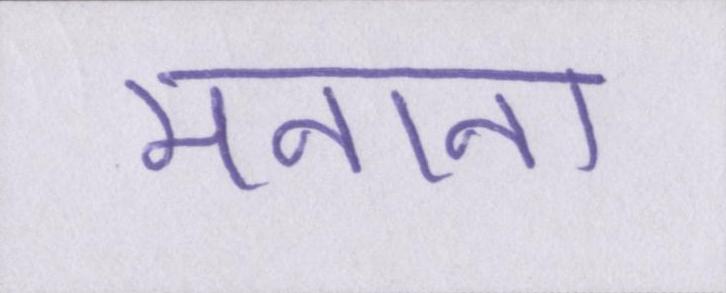
मनाना